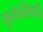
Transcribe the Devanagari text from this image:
कुलपतिपदी